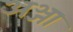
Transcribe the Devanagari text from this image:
अञ्जा